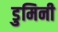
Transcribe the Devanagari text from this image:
डुमिनी